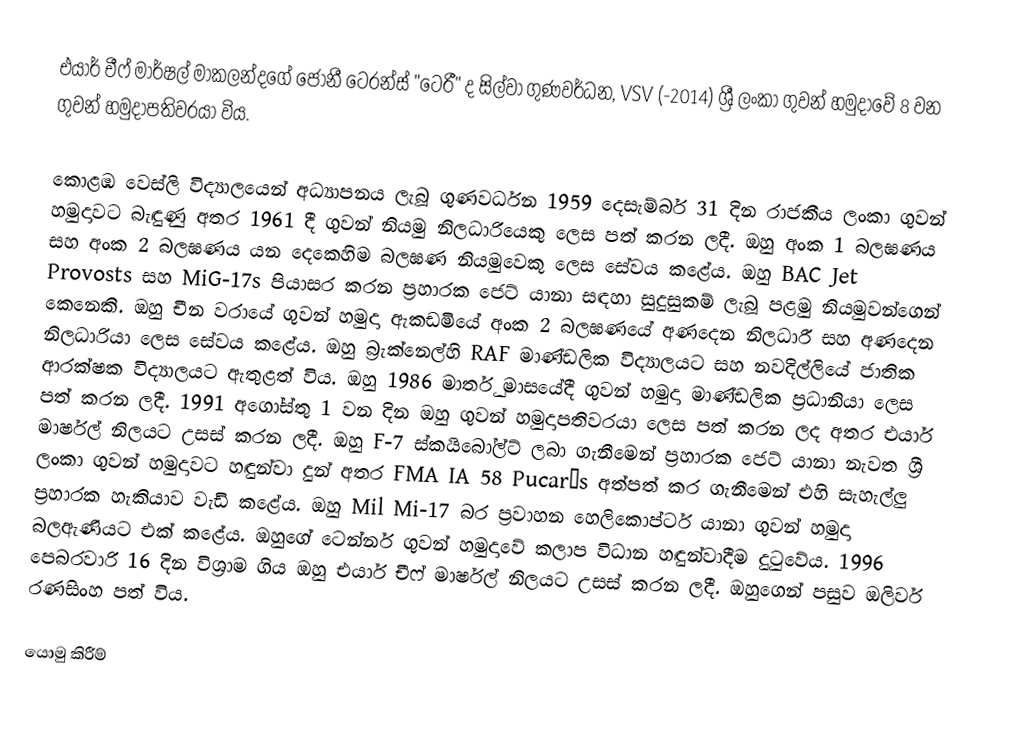
එයාර් චීෆ් මාර්ෂල් මාකලන්දගේ ජොනී ටෙරන්ස් "ටෙරී" ද සිල්වා ගුණවර්ධන, VSV (-2014) ශ්‍රී ලංකා ගුවන් හමුදාවේ 8 වන ගුවන් හමුදාපතිවරයා විය.

කොළඹ වෙස්ලි විද්‍යාලයෙන් අධ්‍යාපනය ලැබූ ගුණවර්ධන 1959 දෙසැම්බර් 31 දින රාජකීය ලංකා ගුවන් හමුදාවට බැඳුණු අතර 1961 දී ගුවන් නියමු නිලධාරියෙකු ලෙස පත් කරන ලදී. ඔහු අංක 1 බලඝණය සහ අංක 2 බලඝණය යන දෙකෙහිම බලඝණ නියමුවෙකු ලෙස සේවය කළේය. ඔහු BAC Jet Provosts සහ MiG-17s පියාසර කරන ප්‍රහාරක ජෙට් යානා සඳහා සුදුසුකම් ලැබූ පළමු නියමුවන්ගෙන් කෙනෙකි. ඔහු චීන වරායේ ගුවන් හමුදා ඇකඩමියේ අංක 2 බලඝණයේ අණදෙන නිලධාරී සහ අණදෙන නිලධාරියා ලෙස සේවය කළේය. ඔහු බ්‍රැක්නෙල්හි RAF මාණ්ඩලික විද්‍යාලයට සහ නවදිල්ලියේ ජාතික ආරක්ෂක විද්‍යාලයට ඇතුළත් විය. ඔහු 1986 මාර්තු මාසයේදී ගුවන් හමුදා මාණ්ඩලික ප්‍රධානියා ලෙස පත් කරන ලදී. 1991 අගෝස්තු 1 වන දින ඔහු ගුවන් හමුදාපතිවරයා ලෙස පත් කරන ලද අතර එයාර් මාර්ෂල් නිලයට උසස් කරන ලදී. ඔහු F-7 ස්කයිබෝල්ට් ලබා ගැනීමෙන් ප්‍රහාරක ජෙට් යානා නැවත ශ්‍රී ලංකා ගුවන් හමුදාවට හඳුන්වා දුන් අතර FMA IA 58 Pucarás අත්පත් කර ගැනීමෙන් එහි සැහැල්ලු ප්‍රහාරක හැකියාව වැඩි කළේය. ඔහු Mil Mi-17 බර ප්‍රවාහන හෙලිකොප්ටර් යානා ගුවන් හමුදා බලඇණියට එක් කළේය. ඔහුගේ ටෙන්නර් ගුවන් හමුදාවේ කලාප විධාන හඳුන්වාදීම දුටුවේය. 1996 පෙබරවාරි 16 දින විශ්‍රාම ගිය ඔහු එයාර් චීෆ් මාර්ෂල් නිලයට උසස් කරන ලදී. ඔහුගෙන් පසුව ඔලිවර් රණසිංහ පත් විය.

යොමු කිරීම්